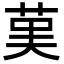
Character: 𦰩